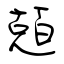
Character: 兡